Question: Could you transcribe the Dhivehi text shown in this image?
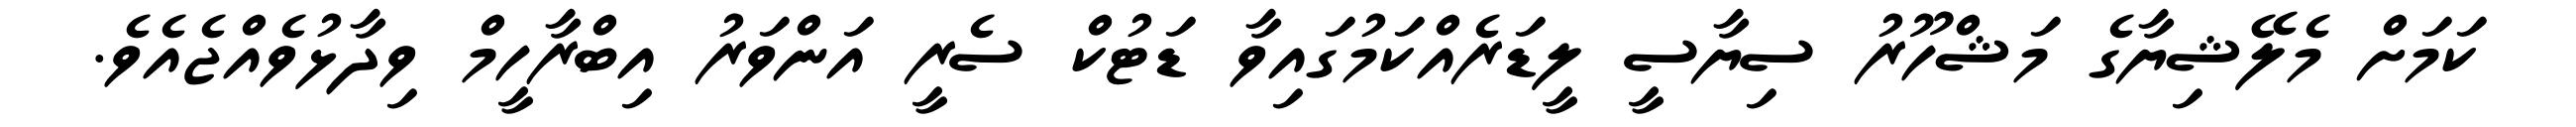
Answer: ކަމަށް މެލޭޝިޔާގެ މަޝްހޫރު ސިޔާސީ ލީޑަރެއްކަމުގައިވާ ޑަޓުކް ސެރީ އަންވަރު އިބްރާހީމް ވިދާޅުވެއްޖެއެވެ.